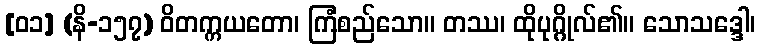
[၀၁] (နိ-၁၅၇) ဝိတက္ကယတော၊ ကြံစည်သော။ တဿ၊ ထိုပုဂ္ဂိုလ်၏။ သောသဒ္ဒေါ၊